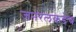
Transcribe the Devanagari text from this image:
जनरलकडेच